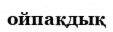
ойпақдық